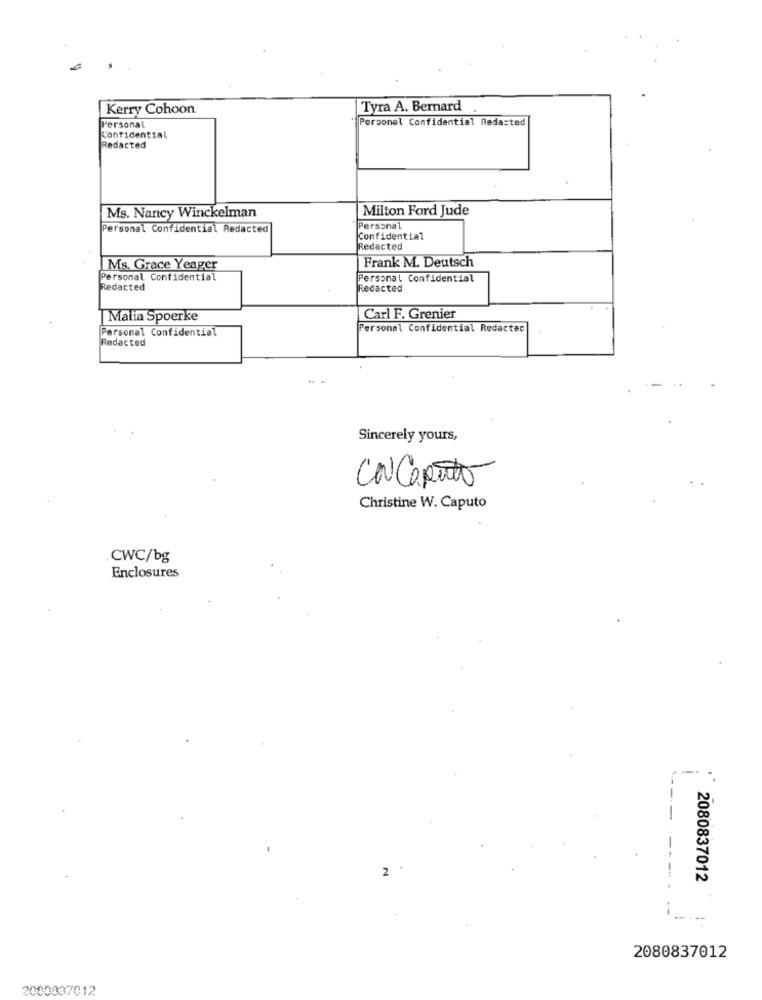
Kerry Cohoon
Tyra A. Bernard
*Personal Confidential Redasted
Personal
Confidential
Redacted
Ms. Nancy Winckelman
Milton Ford Jude
Personal Confidential Redacted
Personal
Confidential
Redacted
Ms. Grace Yeager
Frank M. Deutsch
Personal Confidential
Personal Confidential
Redacted
Redacted
Malia Spoerke
Carl F. Grenier
Personal Confidential
Personal Confidential Redactec
Redacted
Sincerely yours,
CONCapato
Christine W. Caputo
CWC/bg
Enclosures
. .
---
2
2080837012
--
---
2080837012
2080837012